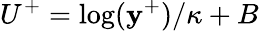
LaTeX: U^{+}=\log(\mathbf{y}^{+})/\kappa+B